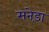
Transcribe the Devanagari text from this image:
सनेड़ा